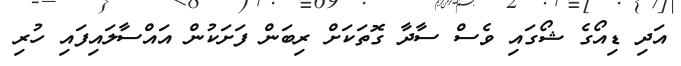
އަދި ޑިއޯގެ ޝޯގައި ވެސް ސާދާ ގޮތަކަށް ރިބަން ފަށަކުން އައްސާލައިފައި ހުރި